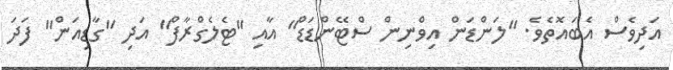
އަދިވެސް އެބައޮތެވެ. "ލަންޑަން އިވްނިން ސްޓޭންޑަޑް" އާއި "ޓެލެގްރާފް" އަދި "ގާޑިއަން" ފަދަ